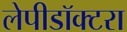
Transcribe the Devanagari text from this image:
लेपीडॉक्टरा